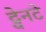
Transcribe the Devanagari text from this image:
ट्वेनटे